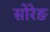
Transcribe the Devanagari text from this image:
सोरेङ